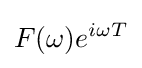
F(\omega )e^{i\omega T}